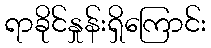
ရာခိုင်နှုန်းရှိကြောင်း